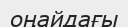
оңайдағы